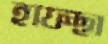
হাফছা